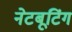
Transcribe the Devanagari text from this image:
नेटबूटिंग